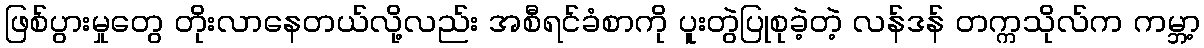
ဖြစ်ပွားမှုတွေ တိုးလာနေတယ်လို့လည်း အစီရင်ခံစာကို ပူးတွဲပြုစုခဲ့တဲ့ လန်ဒန် တက္ကသိုလ်က ကမ္ဘာ့